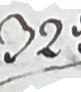
32.